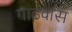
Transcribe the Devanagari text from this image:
गाढवास